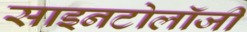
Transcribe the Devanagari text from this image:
साइनटोलॉजी